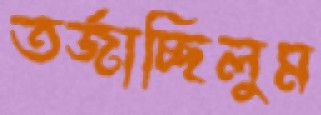
তর্জাচ্ছিলুম